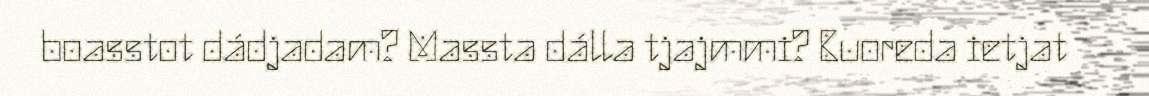
boasstot dádjadam? Massta dálla tjajmmi? Buoreda ietjat